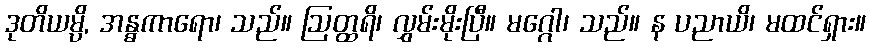
ဒုတိယမ္ပိ, အန္ဓကာရော၊ သည်။ ဩတ္ထရိ၊ လွှမ်းမိုးပြီ။ မဂ္ဂေါ၊ သည်။ န ပညာယိ၊ မထင်ရှား။